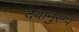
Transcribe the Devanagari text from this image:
देवानुरूप